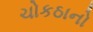
ચોકઠાનો